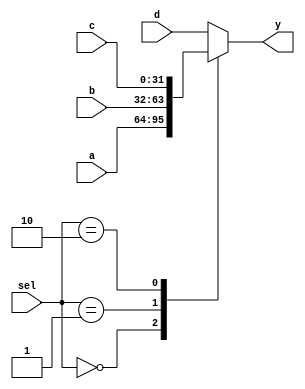
module mux_4 (
	input [1:0]  sel,
	input [31:0] a,
	input [31:0] b,
	input [31:0] c,
	input [31:0] d,
	output reg [31:0] y
);

	always @(*) begin
		case(sel)
			2'b00: y = a;
			2'b01: y = b;
			2'b10: y = c;
			default: y = d;
		endcase
	end
endmodule